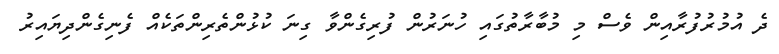
ދެ އުމުރުފުރާއިން ވެސް މި މުބާރާތުގައި ހުނަރުން ފުރިގެންވާ ގިނަ ކުޅުންތެރިންތަކެއް ފެނިގެންދިޔައިރު